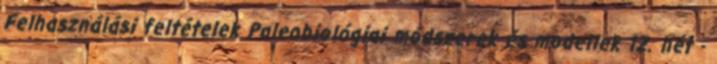
Felhasználási feltételek Paleobiológiai módszerek és modellek 12. hét -